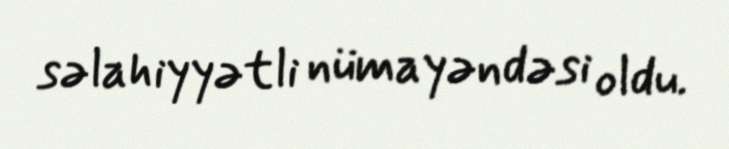
səlahiyyətli nümayəndəsi oldu.